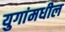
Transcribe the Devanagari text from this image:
युगांमधील